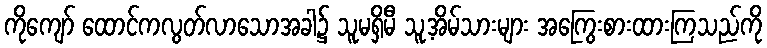
ကိုကျော် ထောင်ကလွတ်လာသောအခါ၌ သူမရှိမီ သူ့အိမ်သားများ အကြွေးစားထားကြသည်ကို